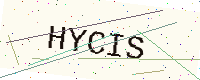
Text: HYCIS